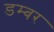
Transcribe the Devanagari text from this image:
डम्‍बर